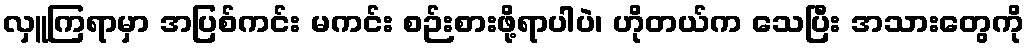
လှူကြရာမှာ အပြစ်ကင်း မကင်း စဉ်းစားဖို့ရာပါပဲ၊ ဟိုတယ်က သေပြီး အသားတွေကို